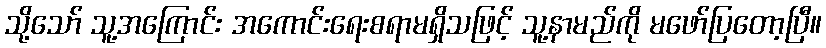
သို့သော် သူ့အကြောင်း အကောင်းရေးစရာမရှိသဖြင့် သူ့နာမည်ကို မဖော်ပြတော့ပြီ။